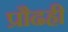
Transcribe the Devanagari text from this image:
प्रौढही